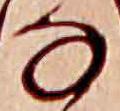
な